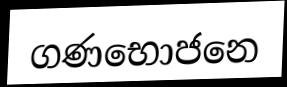
ගණභොජනෙ